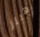
هيلز